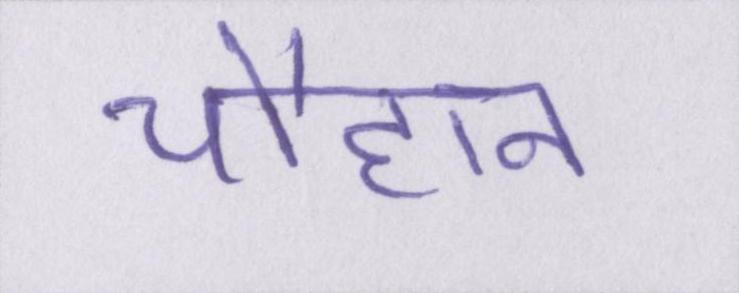
चौहान